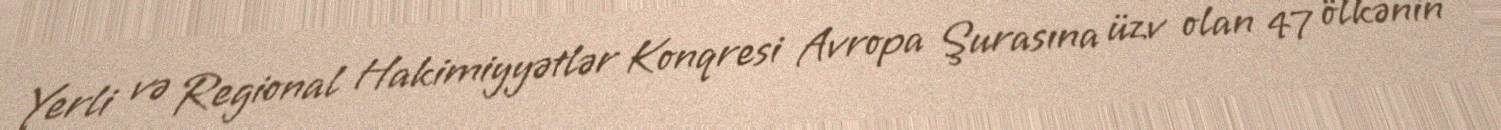
Yerli və Regional Hakimiyyətlər Konqresi Avropa Şurasına üzv olan 47 ölkənin